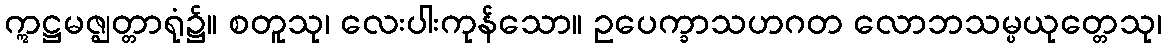
ဣဋ္ဌမဇ္ဈတ္တာရုံ၌။ စတူသု၊ လေးပါးကုန်သော။ ဥပေက္ခာသဟဂတ လောဘသမ္ပယုတ္တေသု၊